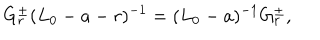
LaTeX: G _ { r } ^ { \pm } ( L _ { 0 } - a - r ) ^ { - 1 } = ( L _ { 0 } - a ) ^ { - 1 } G _ { r } ^ { \pm } ,